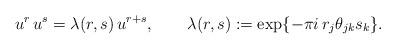
LaTeX: \begin{align*}u^r\,u^s = \lambda(r,s)\, u^{r+s}, \qquad \lambda(r,s) := \exp\{-\pi i\, r_j \theta_{jk} s_k\}.\end{align*}